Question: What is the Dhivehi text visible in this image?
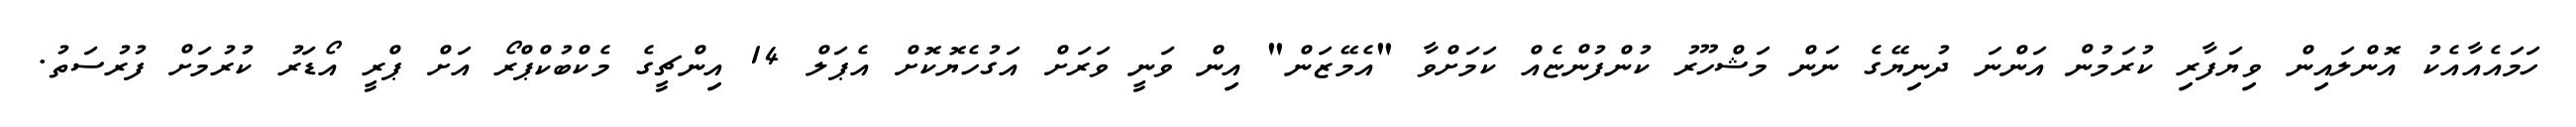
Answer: ހަމައެއާއެކު އޮންލައިން ވިޔަފާރި ކުރަމުން އަންނަ ދުނިޔޭގެ ނަން މަޝްހޫރު ކުންފުންޏެއް ކަމަށްވާ "އެމޭޒަން" އިން ވަނީ ވަރަށް އަގުހެޔޮކޮށް އެޕަލް 14 އިންޗީގެ މެކްބުކްޕްރޯ އަށް ޕްރީ އޯޑަރު ކުރުމަށް ފުރުސަތު.